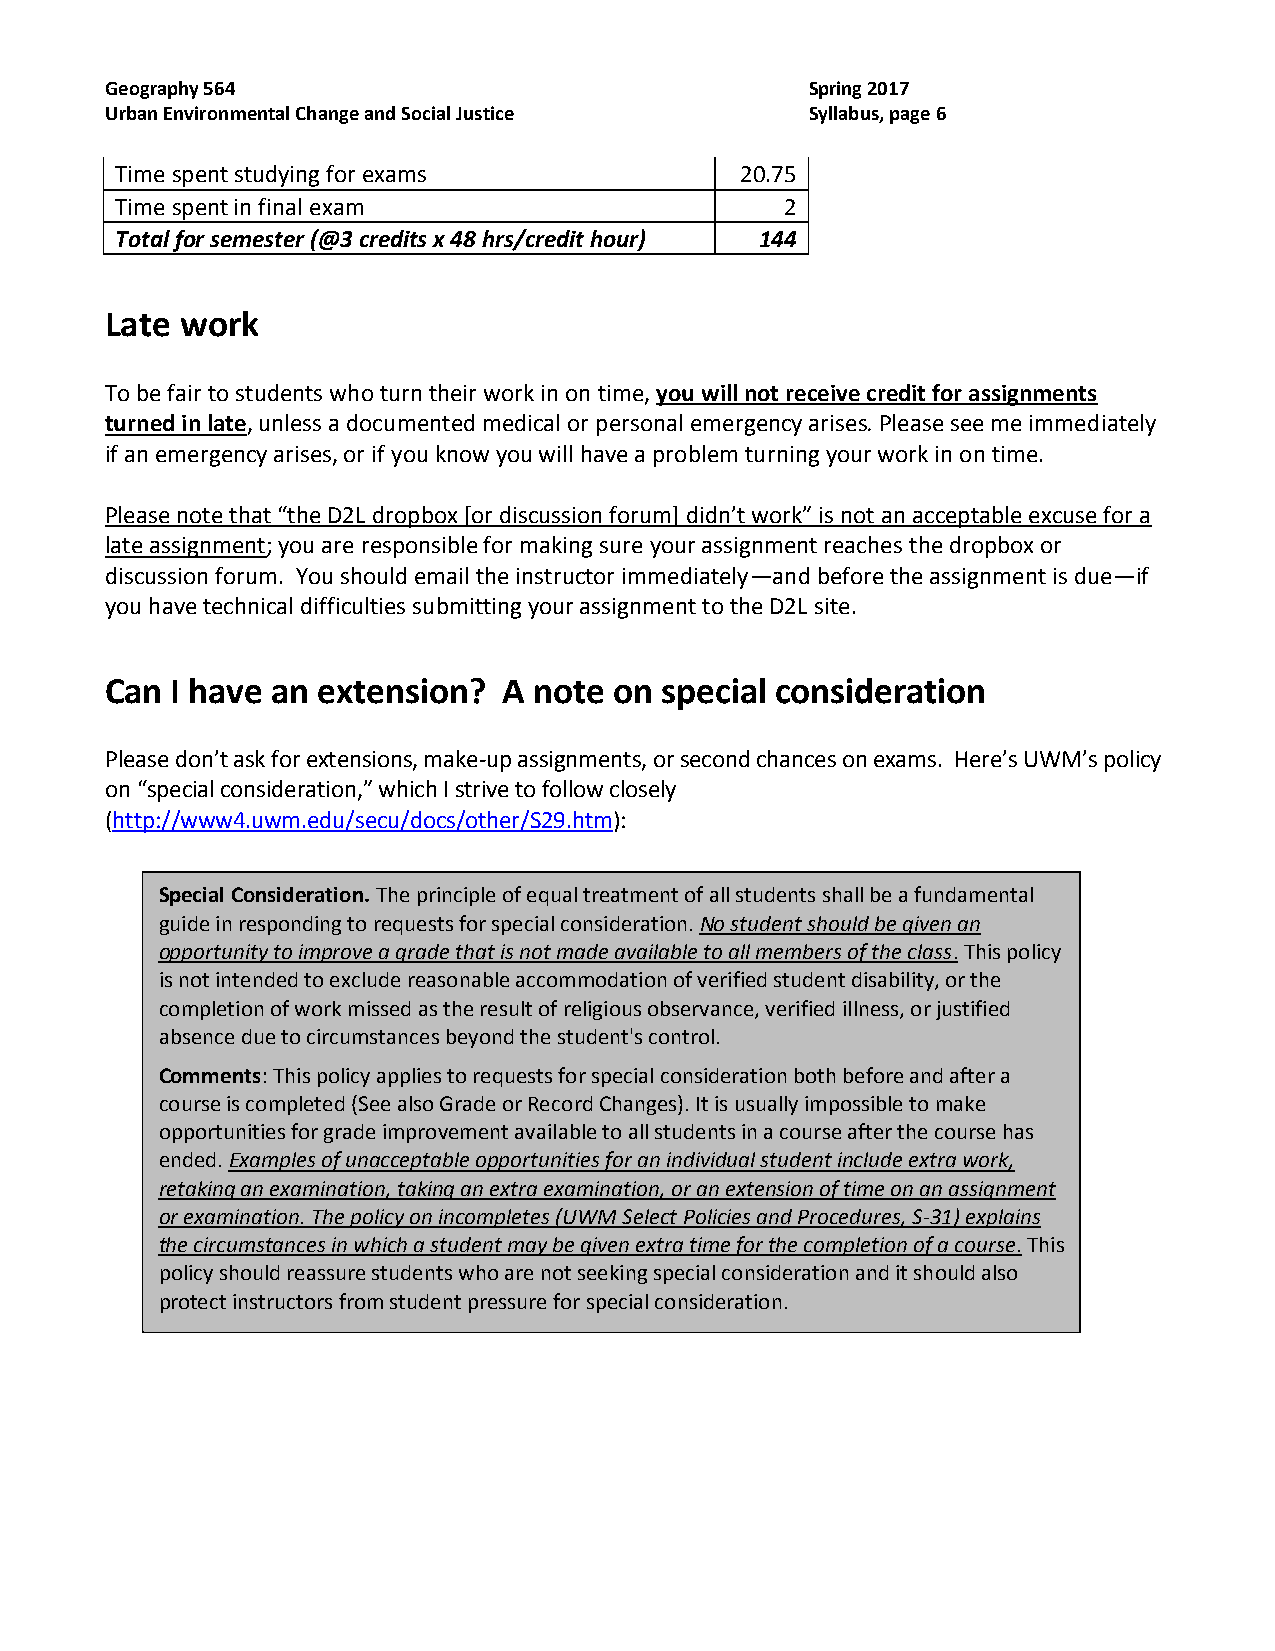
Geography 564                                  Spring 2017
 Urban Environmental Change and Social Justice  Syllabus, page 6
 Time spent studying for exams            20.75
 Time spent in final exam                    2
 Total for semester (@3 credits x 48 hrs/credit hour) 144
 Late work
 To be fair to students who turn their work in on time, you will not receive credit for assignments
 turned in late, unless a documented medical or personal emergency arises. Please see me immediately
 if an emergency arises, or if you know you will have a problem turning your work in on time.
 Please note that “the D2L dropbox [or discussion forum] didn’t work” is not an acceptable excuse for a
 late assignment; you are responsible for making sure your assignment reaches the dropbox or
 discussion forum. You should email the instructor immediately—and before the assignment is due—if
 you have technical difficulties submitting your assignment to the D2L site.
 Can I have an extension?  A note  on special consideration
 Please don’t ask for extensions, make-up assignments, or second chances on exams. Here’s UWM’s policy
 on “special consideration,” which I strive to follow closely
 (http://www4.uwm.edu/secu/docs/other/S29.htm):
 Special Consideration. The principle of equal treatment of all students shall be a fundamental
 guide in responding to requests for special consideration. No student should be given an
 opportunity to improve a grade that is not made available to all members of the class. This policy
 is not intended to exclude reasonable accommodation of verified student disability, or the
 completion of work missed as the result of religious observance, verified illness, or justified
 absence due to circumstances beyond the student's control.
 Comments: This policy applies to requests for special consideration both before and after a
 course is completed (See also Grade or Record Changes). It is usually impossible to make
 opportunities for grade improvement available to all students in a course after the course has
 ended. Examples of unacceptable opportunities for an individual student include extra work,
 retaking an examination, taking an extra examination, or an extension of time on an assignment
 or examination. The policy on incompletes (UWM Select Policies and Procedures, S-31) explains
 the circumstances in which a student may be given extra time for the completion of a course. This
 policy should reassure students who are not seeking special consideration and it should also
 protect instructors from student pressure for special consideration.